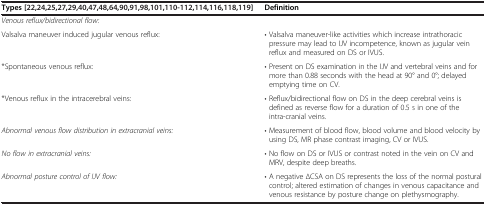
| Types[22,24,25,27,29,40,47,48,64,90,91,98,101,110,112,114,116,118,119] | Definition |
 | --- | --- |
 | Venous reflux/bidirectional flow: |  |
 | Valsalva maneuver induced jugular venous reflux: | • Valsalva maneuver-like activities which increase intrathoracic pressure may lead to IJV incompetence, known as jugular vein reflux and measured on DS or IVUS. |
 | *Spontaneous venous reflux: | • Present on DS examination in the IJV and vertebral veins and for more than 0.88 seconds with the head at 90° and 0°; delayed emptying time on CV. |
 | *Venous reflux in the intracerebral veins: | • Reflux/bidirectional flow on DS in the deep cerebral veins is defined as reverse flow for a duration of 0.5 s in one of the intra-cranial veins. |
 | Abnormal venous flow distribution in extracranial veins: | • Measurement of blood flow, blood volume and blood velocity by using DS, MR phase contrast imaging, CV or IVUS. |
 | No flow in extracranial veins: | • No flow on DS or IVUS or contrast noted in the vein on CV and MRV, despite deep breaths. |
 | Abnormal posture control of IJV flow: | • A negative ∆CSA on DS represents the loss of the normal postural control; altered estimation of changes in venous capacitance and venous resistance by posture change on plethysmography. |